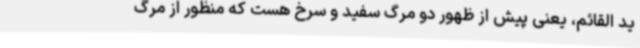
ید القائم، یعنی پیش از ظهور دو مرگ سفید و سرخ هست که منظور از مرگ